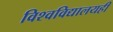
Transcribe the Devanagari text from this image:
विश्वविद्यालयही